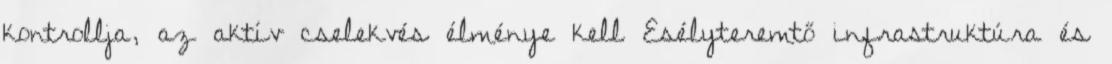
kontrollja, az aktív cselekvés élménye kell Esélyteremtő infrastruktúra és